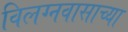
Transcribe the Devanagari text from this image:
विलग्नवासाच्या